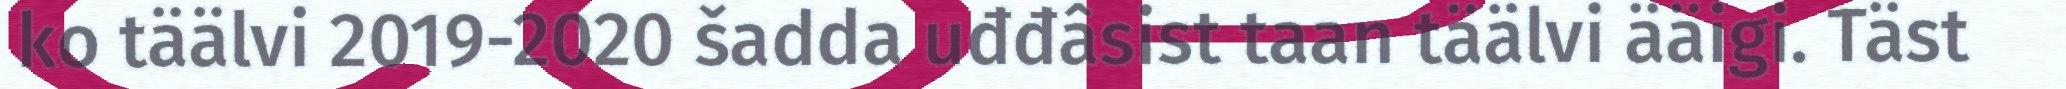
ko täälvi 2019-2020 šadda uđđâsist taan täälvi ääigi. Täst